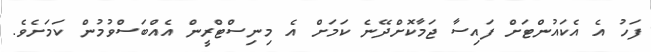
ފަހު އެ އެކައުންޓަށް ފައިސާ ޖަމާކޮށްދޭނެ ކަމަށް އެ މިނިސްޓްރީން އެއްބަސްވުމުން ކަމަށެވެ.